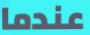
عندما